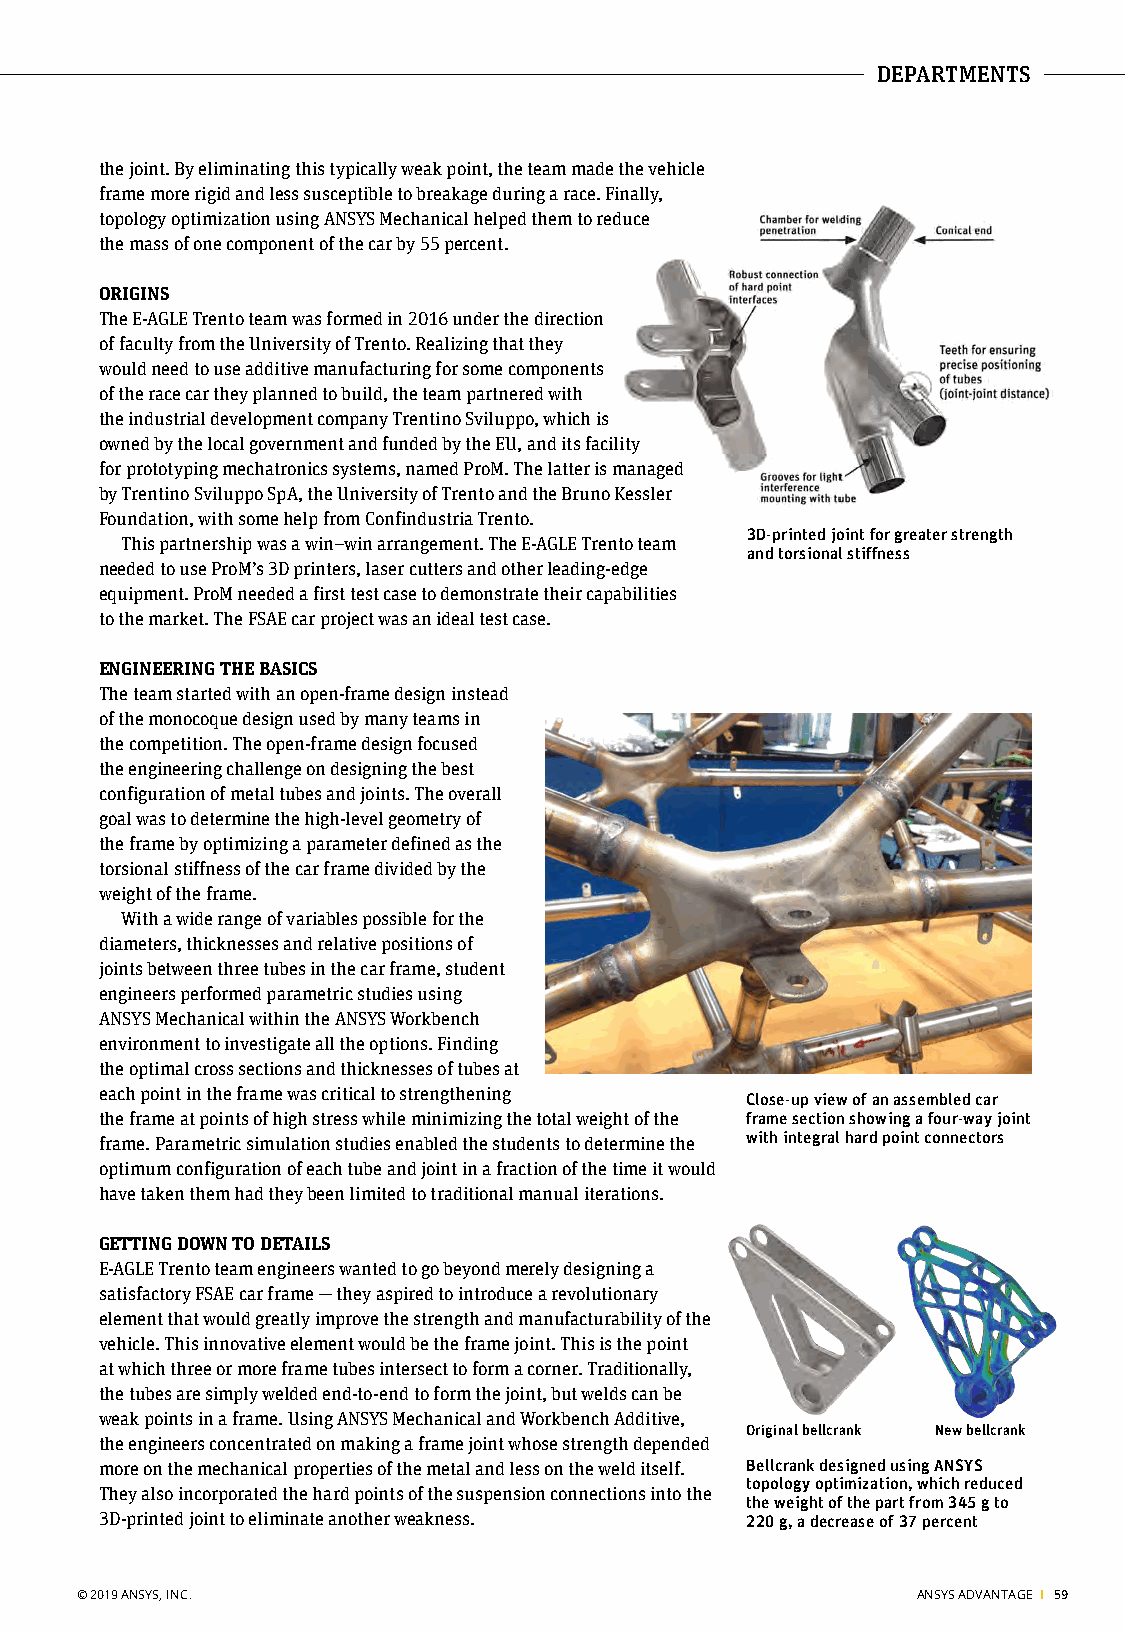
DEPARTMENTS
 the joint. By eliminating this typically weak point, the team made the vehicle
 frame more rigid and less susceptible to breakage during a race. Finally,
 topology optimization using ANSYS Mechanical helped them to reduce
 the mass of one component of the car by 55 percent.
 ORIGINS
 The E-AGLE Trento team was formed in 2016 under the direction
 of faculty from the University of Trento. Realizing that they
 would need to use additive manufacturing for some components
 of the race car they planned to build, the team partnered with
 the industrial development company Trentino Sviluppo, which is
 owned by the local government and funded by the EU, and its facility
 for prototyping mechatronics systems, named ProM. The latter is managed
 by Trentino Sviluppo SpA, the University of Trento and the Bruno Kessler
 Foundation, with some help from Confindustria Trento.
 3D-printed joint for greater strength
 This partnership was a win–win arrangement. The E-AGLE Trento team
 and torsional stiffness
 needed to use ProM’s 3D printers, laser cutters and other leading-edge
 equipment. ProM needed a first test case to demonstrate their capabilities
 to the market. The FSAE car project was an ideal test case.
 ENGINEERING THE BASICS
 The team started with an open-frame design instead
 of the monocoque design used by many teams in
 the competition. The open-frame design focused
 the engineering challenge on designing the best
 configuration of metal tubes and joints. The overall
 Stronger Race Car goal was to determine the high-level geometry of
 the frame by optimizing a parameter defined as the
 torsional stiffness of the car frame divided by the
 weight of the frame.
 With a wide range of variables possible for the
 diameters, thicknesses and relative positions of
 joints between three tubes in the car frame, student
 engineers performed parametric studies using
 ANSYS Mechanical within the ANSYS Workbench
 environment to investigate all the options. Finding
 the optimal cross sections and thicknesses of tubes at
 each point in the frame was critical to strengthening
 Close-up view of an assembled car
 the frame at points of high stress while minimizing the total weight of the frame section showing a four-way joint
 frame. Parametric simulation studies enabled the students to determine the with integral hard point connectors
 optimum configuration of each tube and joint in a fraction of the time it would
 have taken them had they been limited to traditional manual iterations.
 GETTING DOWN TO DETAILS
 E-AGLE Trento team engineers wanted to go beyond merely designing a
 satisfactory FSAE car frame — they aspired to introduce a revolutionary
 element that would greatly improve the strength and manufacturability of the
 vehicle. This innovative element would be the frame joint. This is the point
 at which three or more frame tubes intersect to form a corner. Traditionally,
 the tubes are simply welded end-to-end to form the joint, but welds can be
 weak points in a frame. Using ANSYS Mechanical and Workbench Additive,
 Original bellcrank New bellcrank
 the engineers concentrated on making a frame joint whose strength depended
 more on the mechanical properties of the metal and less on the weld itself. Bellcrank designed using ANSYS
 topology optimization, which reduced
 They also incorporated the hard points of the suspension connections into the
 the weight of the part from 345 g to
 3D-printed joint to eliminate another weakness. 220 g, a decrease of 37 percent
 © 2019 ANSYS, INC.                                      ANSYS ADVANTAGE I 59